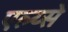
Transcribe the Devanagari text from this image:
एल्य्से